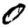
Digit: 0